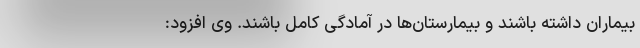
بیماران داشته باشند و بیمارستان‌ها در آمادگی کامل باشند. وی افزود: